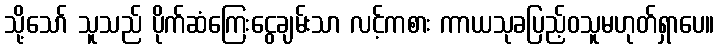
သို့သော် သူသည် ပိုက်ဆံကြေးငွေချမ်းသာ လင့်ကစား ကာယသုခပြည့်ဝသူမဟုတ်ရှာပေ။